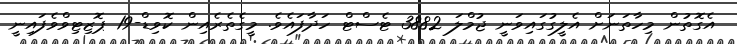
އެގޮތުން މިހާތަނަށް އެލީގުގައިވަނީ ޖުމްލަ 3882 ޓެސްޓް ހަދާފައެވެ. މީގެތެރެއިން ކޮވިޑް-19 ޕޮޒިޓިވްވެފައިނީ